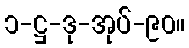
၁-ဋ္ဌ-ဒု-အုပ်-၉၀။